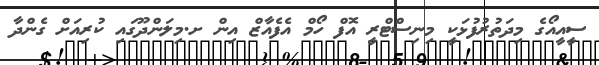
ސީއީއޯގެ މިދަތުރުފުޅަކީ މިނިސްޓްރީ އޮފް ހޯމް އެފެއާޒް އިން ށ.މިލަންދޫގައި ކުރިއަށް ގެންދާ